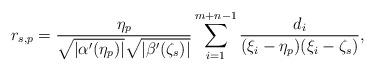
LaTeX: \begin{align*}r_{s,p}=\frac{\eta_p}{\sqrt{|\alpha'(\eta_p)|}\sqrt{|\beta'(\zeta_s)|}}\sum_{i=1}^{m+n-1}\frac{d_i}{(\xi_i-\eta_p)(\xi_i-\zeta_s)},\end{align*}